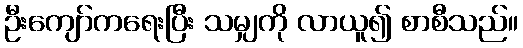
ဦးကျော်ကရေးပြီး သမျှကို လာယူ၍ စာစီသည်။